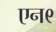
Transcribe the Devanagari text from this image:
एन९